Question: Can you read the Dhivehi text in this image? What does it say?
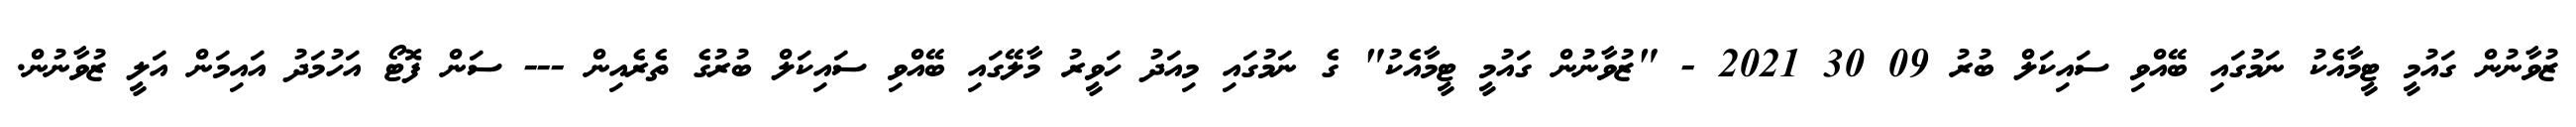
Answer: ޒުވާނުން ގައުމީ ޓީމާއެކު ނަމުގައި ބޭއްވި ސައިކަލް ބުރު 09 30 2021 - "ޒުވާނުން ގައުމީ ޓީމާއެކު" ގެ ނަމުގައި މިއަދު ހަވީރު މާލޭގައި ބޭއްވި ސައިކަލް ބުރުގެ ތެރެއިން --- ސަން ފޮޓޯ އަހުމަދު އައިމަން އަލީ ޒުވާނުން.